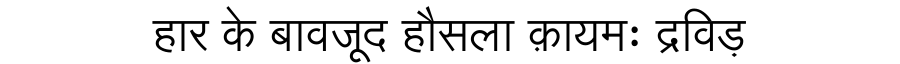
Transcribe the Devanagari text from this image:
हार के बावजूद हौसला क़ायमः द्रविड़